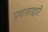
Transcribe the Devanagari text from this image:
प्रवासाद्वारे